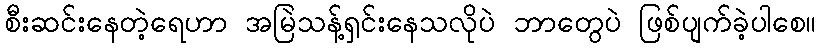
စီးဆင်းနေတဲ့ရေဟာ အမြဲသန့်ရှင်းနေသလိုပဲ ဘာတွေပဲ ဖြစ်ပျက်ခဲ့ပါစေ။